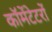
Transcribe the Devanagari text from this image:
कॉमेंटेटरों